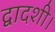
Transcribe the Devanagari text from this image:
द्वादशी।